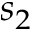
s _ { 2 }